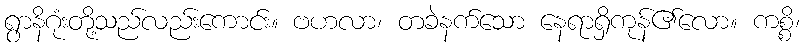
ရွာနိဂုံးတို့သည်လည်းကောင်း။ ဗဟလာ၊ တခဲနက်သော နေရာရှိကုန်၏လော။ ကစ္စိ၊